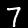
Digit: 7